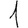
Digit: 1